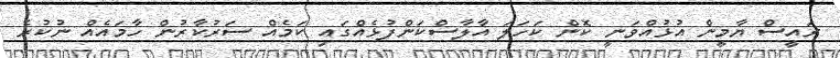
ރައީސް ޔާމީން އުޅުއްވަނީ ކޮން ކަހަލަ އާލާސްކަންފުޅެއްގައި ކަމެއް ސަރުކާރުން ހާމައެއް ނުކުރެ